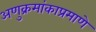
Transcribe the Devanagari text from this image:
अणुक्रमांकाप्रमाणे